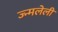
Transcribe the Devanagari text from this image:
ज्न्मलेली